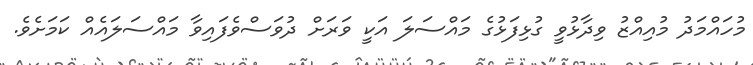
މުހައްމަދު މުއިއްޒު ވިދާޅުވީ ގުޅިފަޅުގެ މައްސަލަ އަކީ ވަރަށް ދުވަސްވެފައިވާ މައްސަލައެއް ކަމަށެވެ.